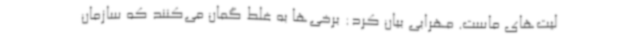
لیت‌های ماست. مهرابی بیان کرد: برخی‌ها به غلط گمان می‌کنند که سازمان